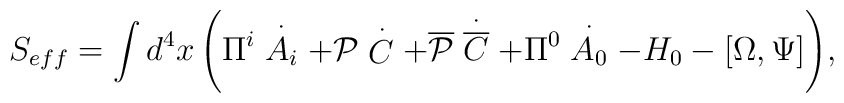
S_{eff}  = \int {d^4 x\left( {\Pi ^i  \stackrel {\bf{\cdot}}{A_i }+ {\cal P}\stackrel {\bf{\cdot}}{C}+{\overline {\cal P}} \stackrel{\bf{\cdot}}{\overline C} + \Pi^0 \stackrel {\bf{\cdot}}{A_0} -H_0 - \left[ {\Omega ,\Psi } \right]} \right)},